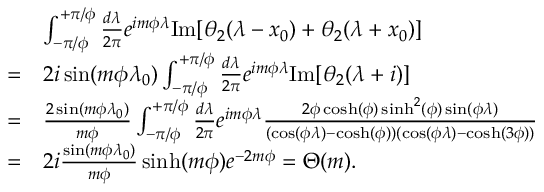
\begin{array} { r l } & { \int _ { - \pi / \phi } ^ { + \pi / \phi } \frac { d \lambda } { 2 \pi } e ^ { i m \phi \lambda } \mathrm { I m } [ \theta _ { 2 } ( \lambda - x _ { 0 } ) + \theta _ { 2 } ( \lambda + x _ { 0 } ) ] } \\ { = } & { 2 i \sin ( m \phi \lambda _ { 0 } ) \int _ { - \pi / \phi } ^ { + \pi / \phi } \frac { d \lambda } { 2 \pi } e ^ { i m \phi \lambda } \mathrm { I m } [ \theta _ { 2 } ( \lambda + i ) ] } \\ { = } & { \frac { 2 \sin ( m \phi \lambda _ { 0 } ) } { m \phi } \int _ { - \pi / \phi } ^ { + \pi / \phi } \frac { d \lambda } { 2 \pi } e ^ { i m \phi \lambda } \frac { 2 \phi \cosh ( \phi ) \sinh ^ { 2 } ( \phi ) \sin ( \phi \lambda ) } { ( \cos ( \phi \lambda ) - \cosh ( \phi ) ) ( \cos ( \phi \lambda ) - \cosh ( 3 \phi ) ) } } \\ { = } & { 2 i \frac { \sin ( m \phi \lambda _ { 0 } ) } { m \phi } \sinh ( m \phi ) e ^ { - 2 m \phi } = \Theta ( m ) . } \end{array}